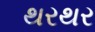
થરથર